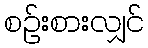
စဉ်းစားလျှင်